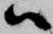
ハ